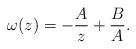
LaTeX: \begin{align*}\omega (z) = -\frac{A}{z} + \frac{B}{A}.\end{align*}